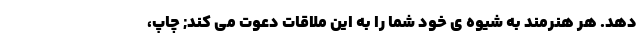
دهد. هر هنرمند به شیوه ی خود شما را به این ملاقات دعوت می کند; چاپ،